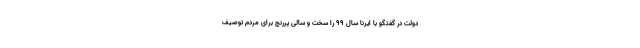
دولت در گفتگو با ایرنا سال ۹۹ را سخت و سالی پررنج برای مردم توصیف